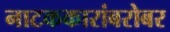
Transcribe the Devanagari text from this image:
नाटककारांबरोबर